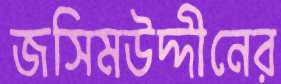
জসিমউদ্দীনের